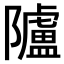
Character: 𨽜